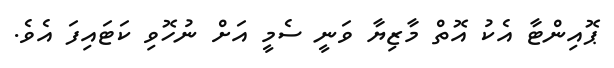
ޕޮއިންޓާ އެކު އޮތް މާޒިޔާ ވަނީ ސެމީ އަށް ނުހޮވި ކަޓައިފަ އެވެ.